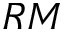
R M